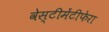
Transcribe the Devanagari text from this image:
वेस्टीमेंटीफेरा